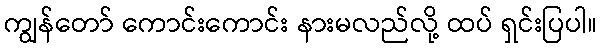
ကျွန်တော် ကောင်းကောင်း နားမလည်လို့ ထပ် ရှင်းပြပါ။